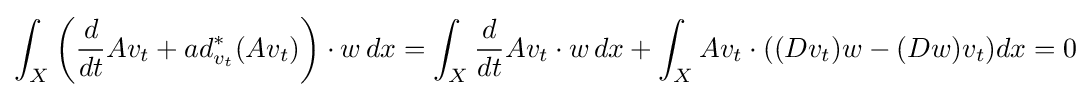
\int _{X}\left({\frac {d}{dt}}Av_{t}+ad_{v_{t}}^{*}(Av_{t})\right)\cdot w\,dx=\int _{X}{\frac {d}{dt}}Av_{t}\cdot w\,dx+\int _{X}Av_{t}\cdot ((Dv_{t})w-(Dw)v_{t})dx=0